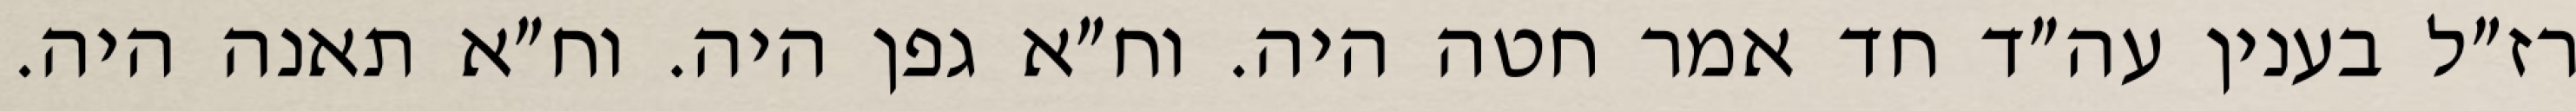
רז״ל בענין עה״ד חד אמר חטה היה. וח״א גפן היה. וח״א תאנה היה.